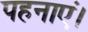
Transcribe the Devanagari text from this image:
पहनाएं।